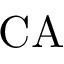
\mathrm { C A }